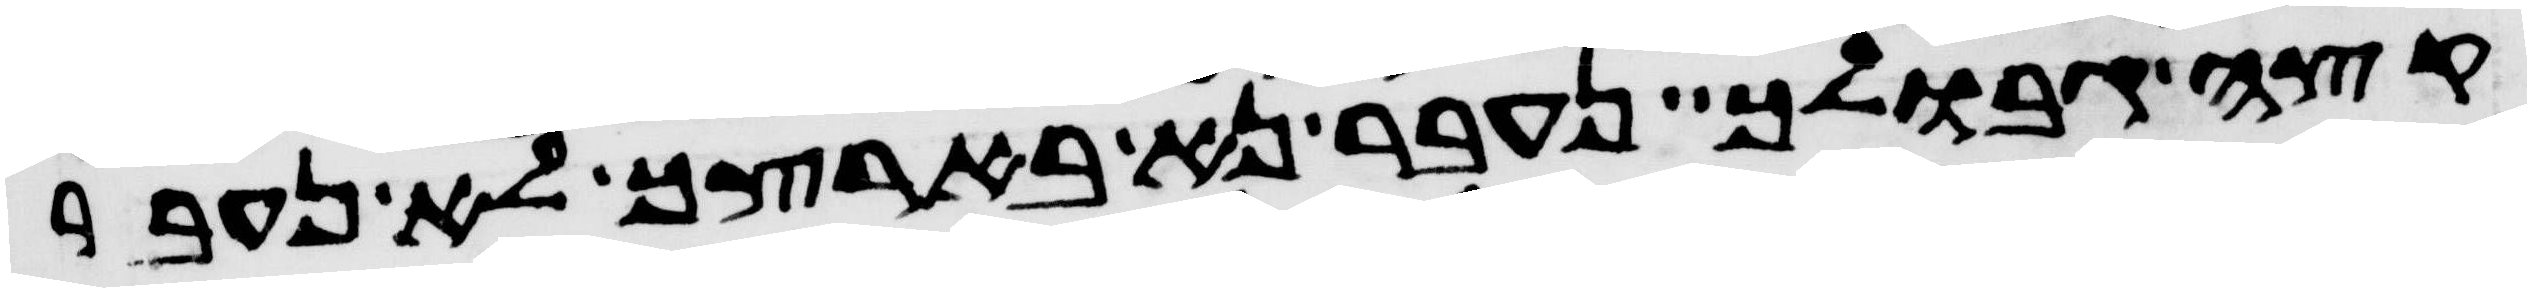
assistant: קצה גבולך נעבר נא בארצך לא נעבר